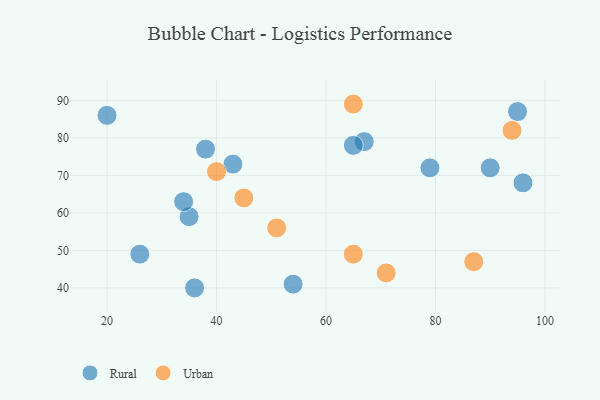
{"axis": {"x": "GDP", "y": "Life Expectancy"}, "legend": ["Rural", "Urban"], "data": [{"x": "96", "y": 68, "type": "Rural"}, {"x": "67", "y": 79, "type": "Rural"}, {"x": "43", "y": 73, "type": "Rural"}, {"x": "79", "y": 72, "type": "Rural"}, {"x": "26", "y": 49, "type": "Rural"}, {"x": "35", "y": 59, "type": "Rural"}, {"x": "36", "y": 40, "type": "Rural"}, {"x": "65", "y": 78, "type": "Rural"}, {"x": "34", "y": 63, "type": "Rural"}, {"x": "95", "y": 87, "type": "Rural"}, {"x": "54", "y": 41, "type": "Rural"}, {"x": "20", "y": 86, "type": "Rural"}, {"x": "38", "y": 77, "type": "Rural"}, {"x": "90", "y": 72, "type": "Rural"}, {"x": "40", "y": 71, "type": "Urban"}, {"x": "94", "y": 82, "type": "Urban"}, {"x": "51", "y": 56, "type": "Urban"}, {"x": "65", "y": 89, "type": "Urban"}, {"x": "65", "y": 49, "type": "Urban"}, {"x": "71", "y": 44, "type": "Urban"}, {"x": "87", "y": 47, "type": "Urban"}, {"x": "45", "y": 64, "type": "Urban"}]}